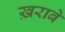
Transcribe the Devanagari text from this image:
ख़राबे